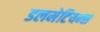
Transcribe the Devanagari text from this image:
डलमेटियन्स